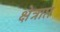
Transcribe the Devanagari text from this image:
क्षेत्राप्त